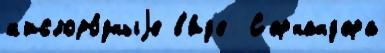
к'ислоро́дныjе в'и́д'е  С'ернанд'ера